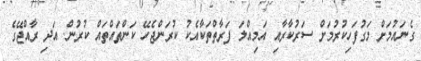
ގެނައުމަށް މަގުފަހިކުރުމަށް ސަރުކާރާއި އަމިއްލަ ފަރާތްތަކާއެކު ކުރަންޖެހޭ ކަންތައްތައް ކުރުން. އަދި ރާއްޖޭގެ